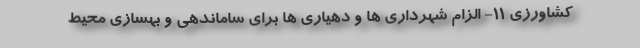
کشاورزی ۱۱- الزام شهرداری ها و دهیاری ها برای ساماندهی و بهسازی محیط